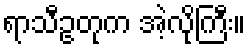
ရာသီဥတုက အဲ့လိုကြီး။